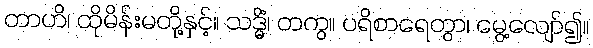
တာဟိ၊ ထိုမိန်းမတို့နှင့်။ သဒ္ဓိံ၊ တကွ။ ပရိစာရေတွာ၊ မွေ့လျော်၍။